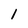
Character: 1